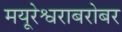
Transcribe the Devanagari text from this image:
मयूरेश्वराबरोबर